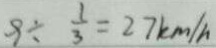
9 \div \frac { 1 } { 3 } = 2 7 k m / h